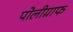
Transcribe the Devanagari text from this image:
पोलीग्राफ